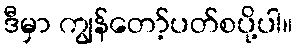
ဒီမှာ ကျွန်တော့်ပတ်စပို့ပါ။